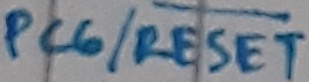
Text: PC6/RESET